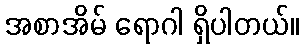
အစာအိမ် ရောဂါ ရှိပါတယ်။